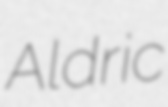
Aldric